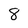
Character: 8